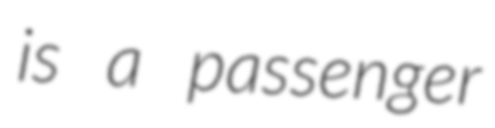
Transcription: is a passenger